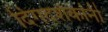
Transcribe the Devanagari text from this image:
दिगदर्शकांनी